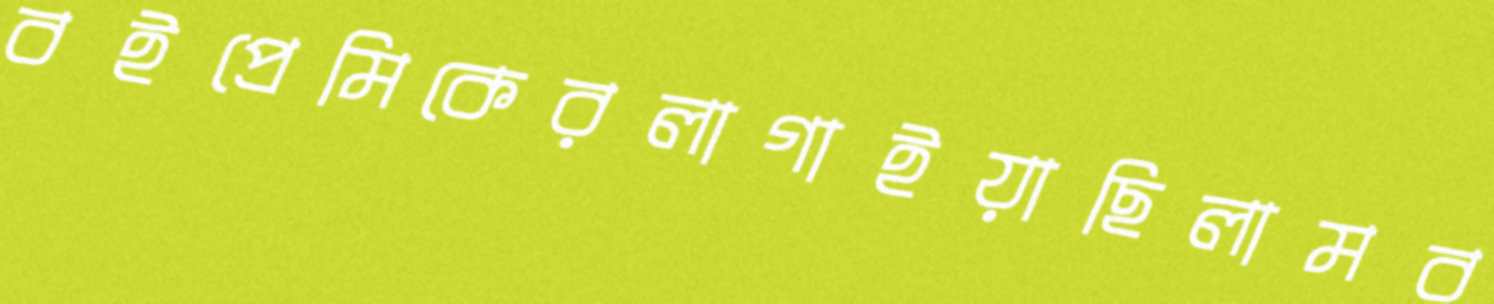
বইপ্রেমিকেরলাগাইয়াছিলামব